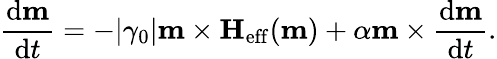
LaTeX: \frac{\mathrm{d}\textbf{m}}{\mathrm{d}t}=-|\gamma_{0}|\textbf{m}\times\textbf{H}_{\mathrm{eff}}(\textbf{m})+\alpha\textbf{m}\times\frac{\mathrm{d}\textbf{m}}{\mathrm{d}t}.